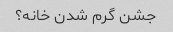
جشن گرم شدن خانه؟